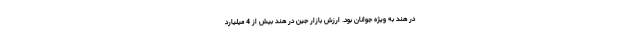
در هند به ویژه جوانان بود. ارزش بازار جین در هند بیش از 4 میلیارد